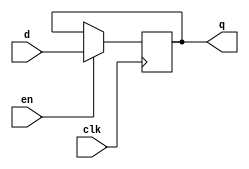
module sequential_logic (
  input wire clk,
  input wire d,
  input wire en,
  output reg q
);

  always @(posedge clk) begin
    if (en)
      q <= d;
  end

endmodule